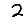
Digit: 2